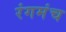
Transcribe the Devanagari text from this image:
रंगमंंच